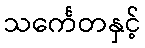
သင်္ကေတနှင့်